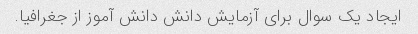
ایجاد یک سوال برای آزمایش دانش دانش آموز از جغرافیا.